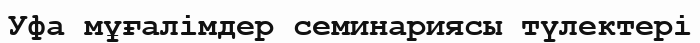
Уфа мұғалімдер семинариясы түлектері